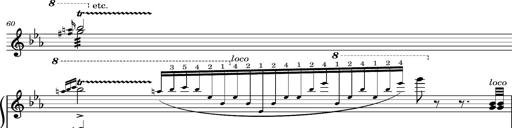
Title: Magyar rapszÃ³diÃ¡k
Composer: Franz Liszt